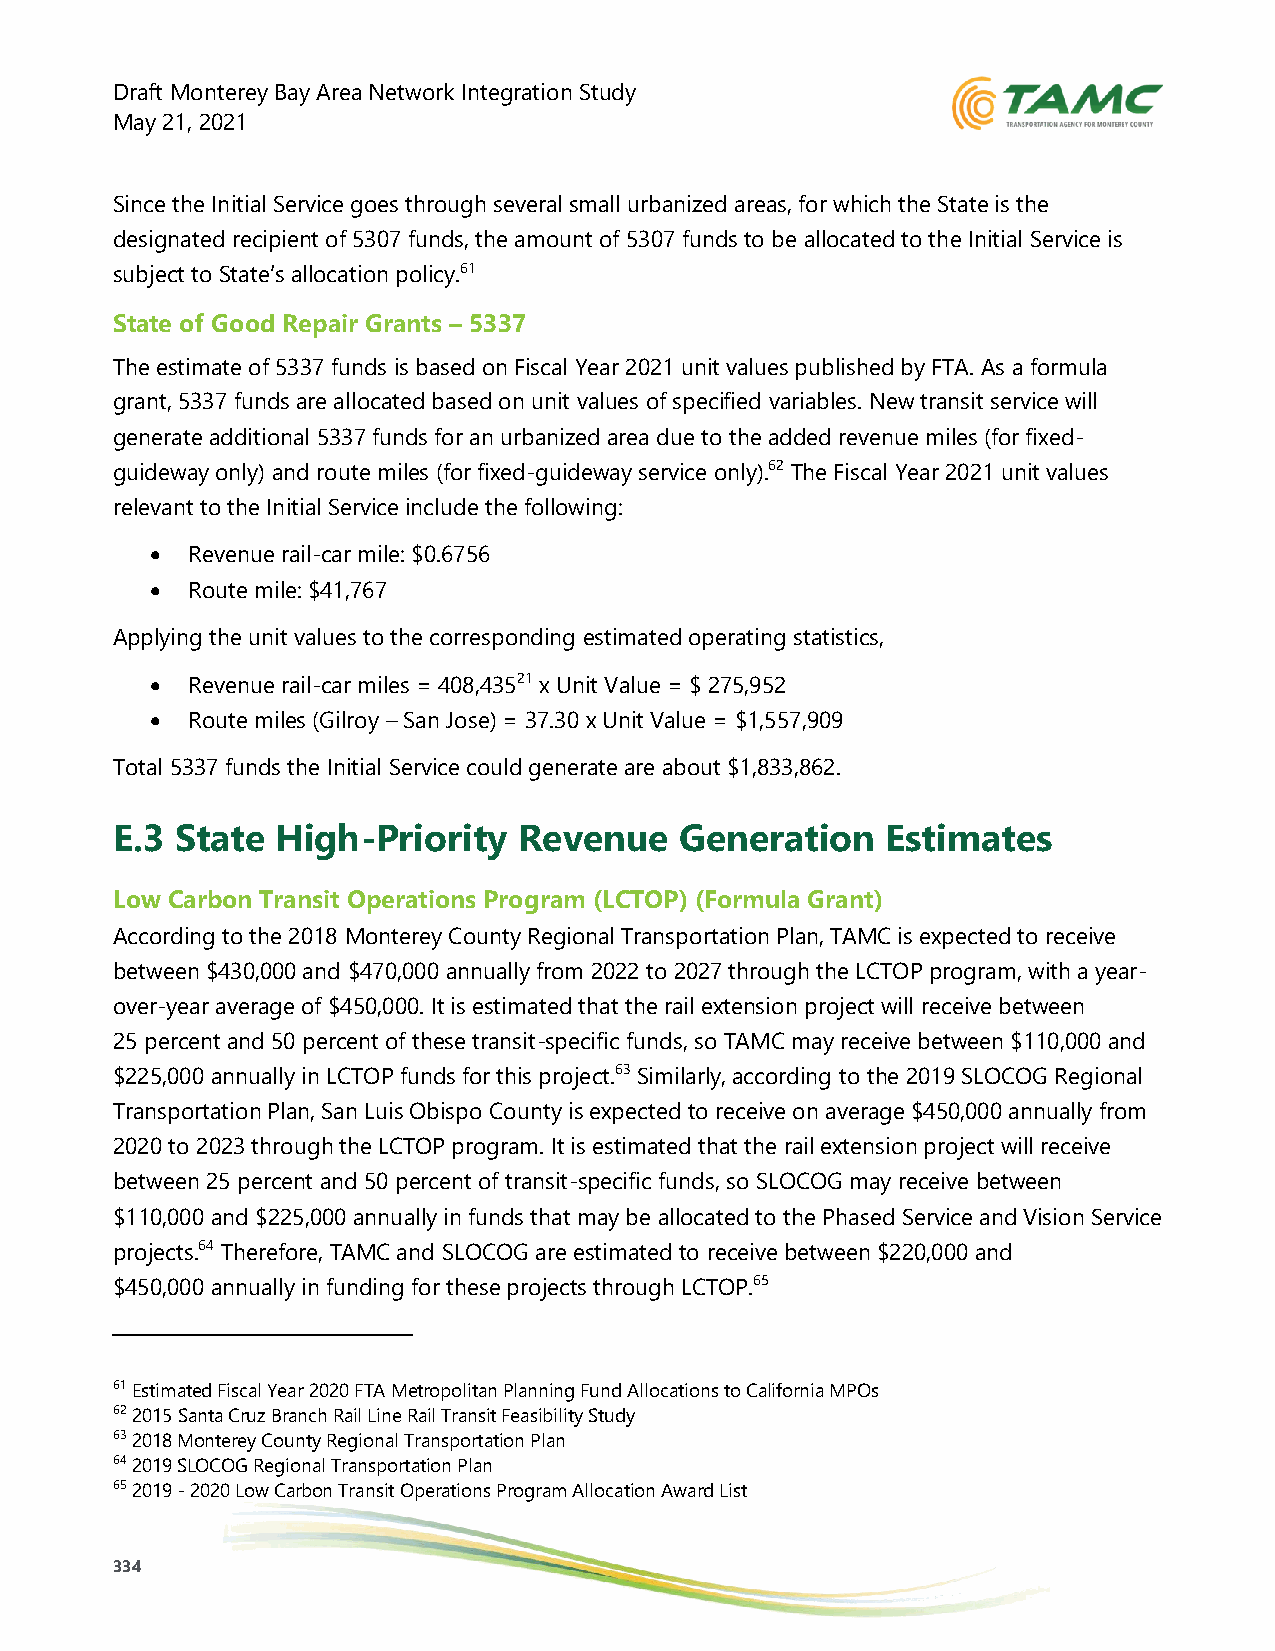
Draft Monterey Bay Area Network Integration Study
 May 21, 2021
 Since the Initial Service goes through several small urbanized areas, for which the State is the
 designated recipient of 5307 funds, the amount of 5307 funds to be allocated to the Initial Service is
 subject to State’s allocation policy.61
 State of Good Repair Grants – 5337
 The estimate of 5337 funds is based on Fiscal Year 2021 unit values published by FTA. As a formula
 grant, 5337 funds are allocated based on unit values of specified variables. New transit service will
 generate additional 5337 funds for an urbanized area due to the added revenue miles (for fixed-
 guideway only) and route miles (for fixed-guideway service only).62 The Fiscal Year 2021 unit values
 relevant to the Initial Service include the following:
 • Revenue rail-car mile: $0.6756
 • Route mile: $41,767
 Applying the unit values to the corresponding estimated operating statistics,
 • Revenue rail-car miles = 408,43521 x Unit Value = $ 275,952
 • Route miles (Gilroy – San Jose) = 37.30 x Unit Value = $1,557,909
 Total 5337 funds the Initial Service could generate are about $1,833,862.
 E.3  State High-Priority   Revenue    Generation    Estimates
 Low Carbon Transit Operations Program (LCTOP) (Formula Grant)
 According to the 2018 Monterey County Regional Transportation Plan, TAMC is expected to receive
 between $430,000 and $470,000 annually from 2022 to 2027 through the LCTOP program, with a year-
 over-year average of $450,000. It is estimated that the rail extension project will receive between
 25 percent and 50 percent of these transit-specific funds, so TAMC may receive between $110,000 and
 $225,000 annually in LCTOP funds for this project.63 Similarly, according to the 2019 SLOCOG Regional
 Transportation Plan, San Luis Obispo County is expected to receive on average $450,000 annually from
 2020 to 2023 through the LCTOP program. It is estimated that the rail extension project will receive
 between 25 percent and 50 percent of transit-specific funds, so SLOCOG may receive between
 $110,000 and $225,000 annually in funds that may be allocated to the Phased Service and Vision Service
 projects.64 Therefore, TAMC and SLOCOG are estimated to receive between $220,000 and
 $450,000 annually in funding for these projects through LCTOP.65
 61 Estimated Fiscal Year 2020 FTA Metropolitan Planning Fund Allocations to California MPOs
 62 2015 Santa Cruz Branch Rail Line Rail Transit Feasibility Study
 63 2018 Monterey County Regional Transportation Plan
 64 2019 SLOCOG Regional Transportation Plan
 65 2019 - 2020 Low Carbon Transit Operations Program Allocation Award List
 334